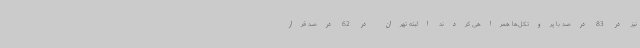
نیز در 83 درصد با پروتکل‌ها همراهی کردند البته تهران در 62 درصد قرار